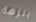
بنزهة